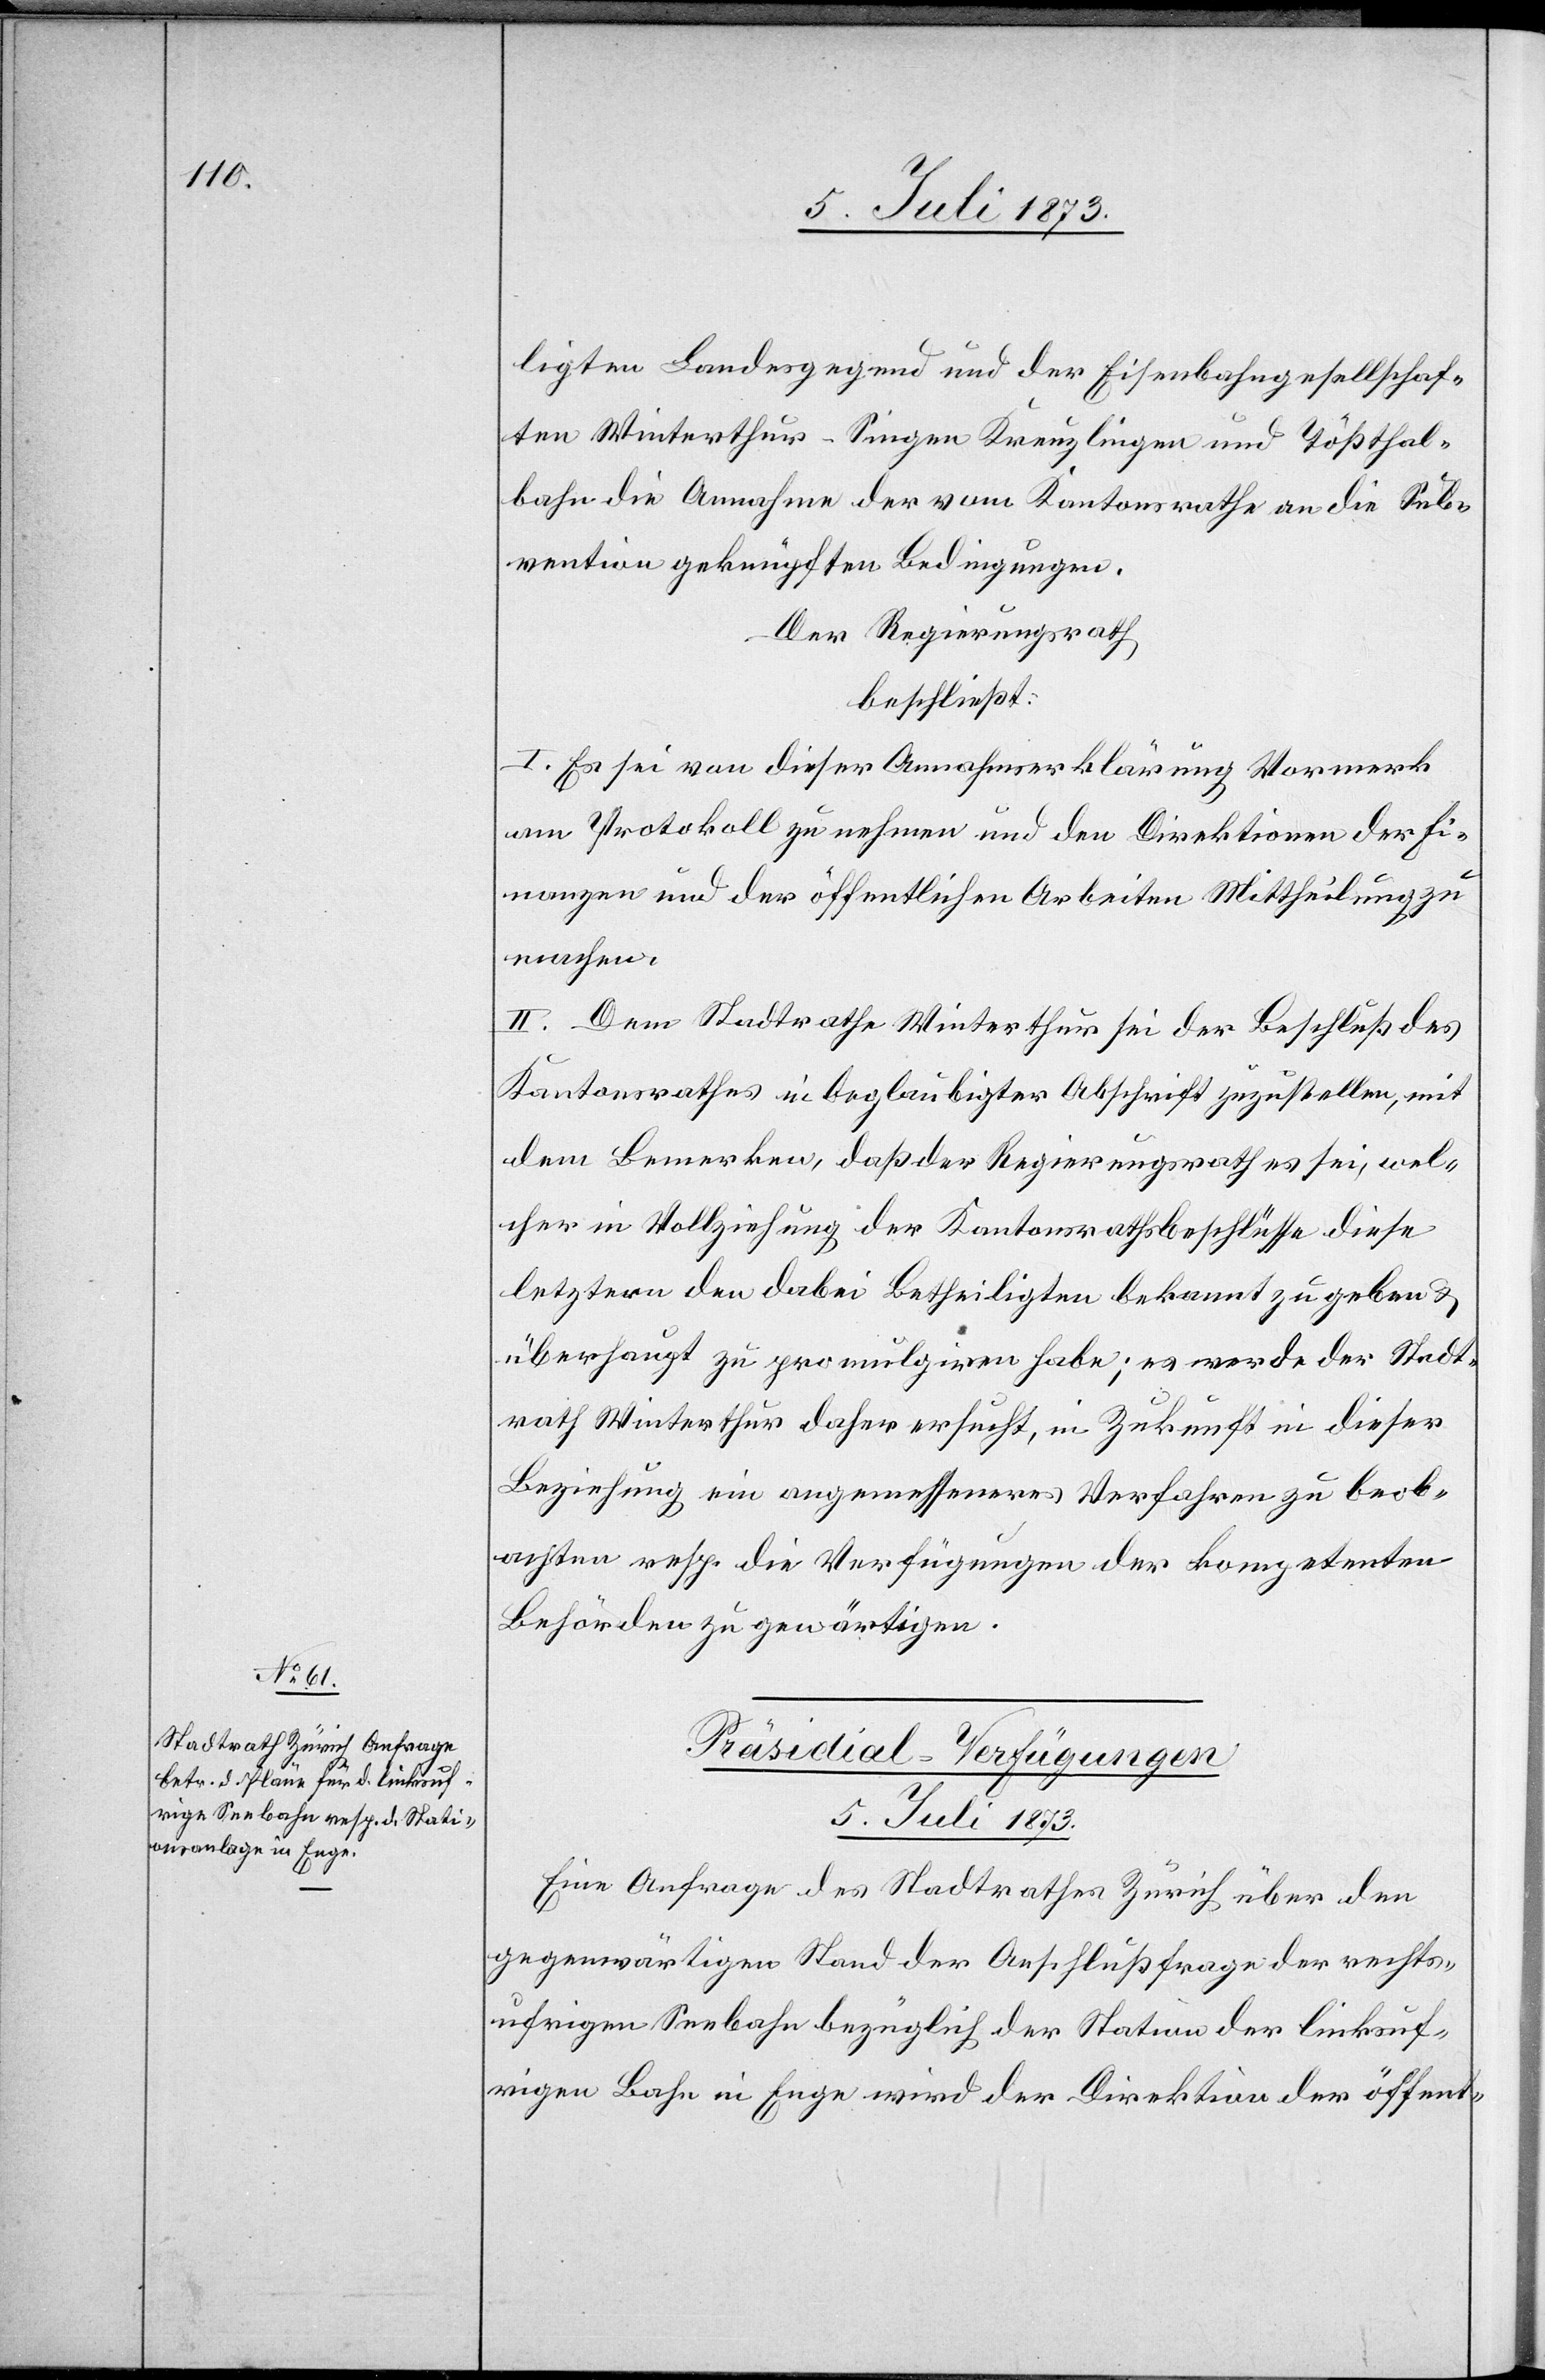
ligten Landesgegend und der Eisenbahngesellschaf¬
ten Winterthur–Singen Kreuzlingen und Tößthal¬
bahn die Annahme der vom Kantonsrathe an die Sub¬
vention geknüpften Bedingungen.
Der Regierungsrath
beschließt:
I. Es sei von dieser Annahmserklärung Vormerk
am Protokoll zu nehmen und den Direktionen der Fi¬
nanzen und der öffentlichen Arbeiten Mittheilung zu
machen.
II. Dem Stadtrathe Winterthur sei der Beschluß des
Kantonsrathes in beglaubigter Abschrift zuzustellen, mit
dem Bemerken, daß der Regierungsrath es sei, wel¬
cher in Vollziehung der Kantonsrathsbeschlüsse diese
letztern den dabei Betheiligten bekannt zu geben &
überhaupt zu promulgiren habe; es werde der Stadt¬
rath Winterthur daher ersucht, in Zukunft in dieser
Beziehung ein angemesseneres Verfahren zu beob¬
achten resp. die Verfügungen der kompetenten
Behörden zu gewärtigen.
Präsidial-Verfügungen
5. Juli 1873.
Eine Anfrage des Stadtrathes Zürich über den
gegenwärtigen Stand der Anschlußfrage der rechts¬
ufrigen Seebahn bezüglich der Station der linksuf¬
rigen Bahn in Enge wird der Direktion der öffent-